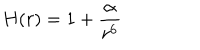
H ( r ) = 1 + \frac { \alpha } { r ^ { 6 } }